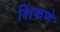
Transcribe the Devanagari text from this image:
शिंकणे